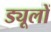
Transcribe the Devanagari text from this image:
ड्यूलों